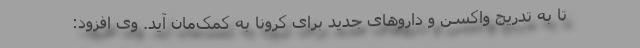
تا به تدریج واکسن و داروهای جدید برای کرونا به کمک‌مان آید. وی افزود: